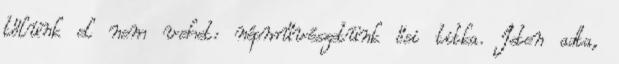
tőlünk el nem vehet: népművészetünk ősi titka. Isten adta,